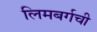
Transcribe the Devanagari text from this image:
लिमबर्गची